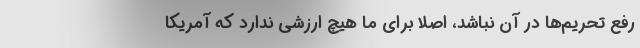
رفع تحریم‌ها در آن نباشد، اصلاً برای ما هیچ ارزشی ندارد که آمریکا